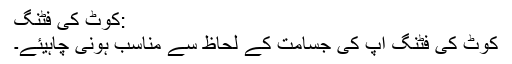
:کوٹ کی فٹنگ
کوٹ کی فٹنگ آپ کی جسامت کے لحاظ سے مناسب ہونی چاہیئے۔